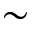
\sim